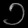
Digit: ၁